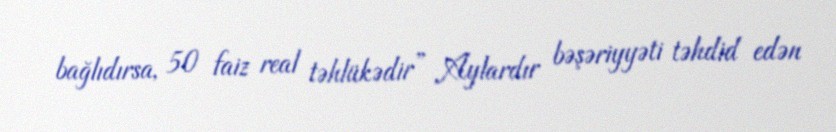
bağlıdırsa, 50 faiz real təhlükədir” Aylardır bəşəriyyəti təhdid edən